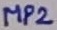
Text: MP2